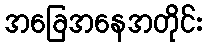
အခြေအနေအတိုင်း